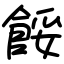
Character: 餒